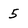
Character: 5